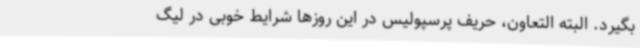
بگیرد. البته التعاون، حریف پرسپولیس در این روزها شرایط خوبی در لیگ